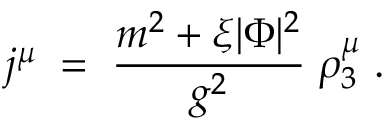
j ^ { \mu } \; = \; \frac { m ^ { 2 } + \xi | \Phi | ^ { 2 } } { g ^ { 2 } } \; \rho _ { 3 } ^ { \mu } \; .